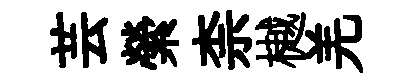
芸縈柰樾羌